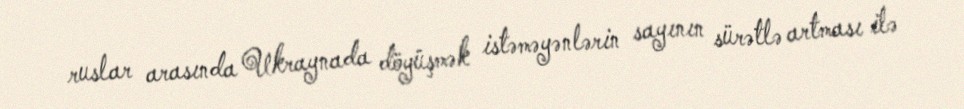
ruslar arasında Ukraynada döyüşmək istəməyənlərin sayının sürətlə artması ilə